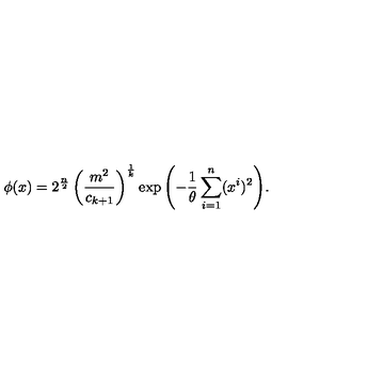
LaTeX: \phi ( x ) = 2 ^ { \frac { n } { 2 } } \left( \frac { m ^ { 2 } } { c _ { k + 1 } } \right) ^ { \frac { 1 } { k } } \exp { \left( - \frac { 1 } { \theta } \sum _ { i = 1 } ^ { n } ( x ^ { i } ) ^ { 2 } \right) } .